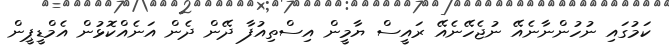
ކަމުގައި ނުހުންނާނެއޭ ނުޖެހޭނެއޭ ރައީސް ޔާމީން އިސްތިއުފާ ދޭން ދެން އަނެއްކޮޅުން އެމްޑީޕީން